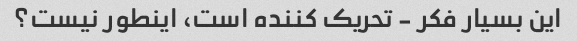
این بسیار فکر - تحریک کننده است، اینطور نیست؟